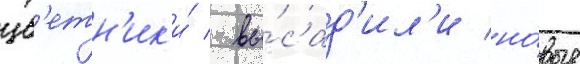
цв'етн'ик'и́ / вы́сад'ил'и но́вые